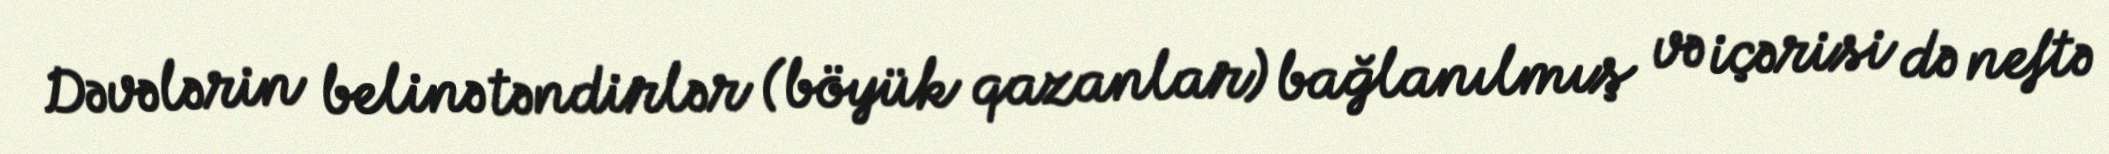
Dəvələrin belinə təndirlər (böyük qazanlar) bağlanılmış və içərisi də neftə